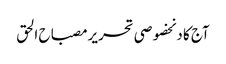
آج کا دنخصوصی تحریرمصباح الحق